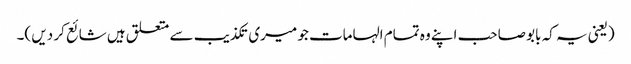
(یعنی یہ کہ بابو صاحب اپنے وہ تمام الہامات جو میری تکذیب سے متعلق ہیں شائع کر دیں )۔